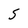
Character: S